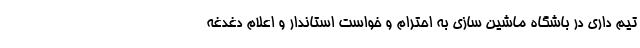
تیم داری در باشگاه ماشین سازی به احترام و خواست استاندار و اعلام دغدغه